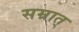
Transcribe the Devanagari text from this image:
सम्रात्